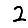
Digit: 2